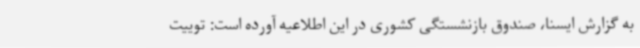
به گزارش ایسنا، صندوق بازنشستگی کشوری در این اطلاعیه آورده است: توییت